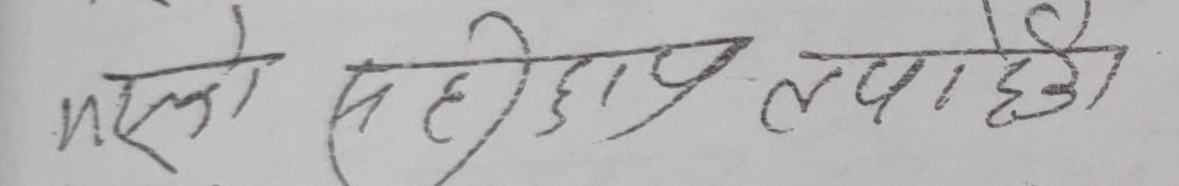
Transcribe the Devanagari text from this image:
मलेको सही छाप लपाइ है।